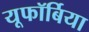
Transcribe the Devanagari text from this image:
यूफॉर्बिया